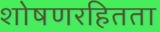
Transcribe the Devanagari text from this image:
शोषणरहितता